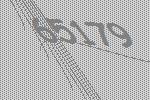
65179